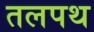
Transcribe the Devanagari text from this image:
तलपथ